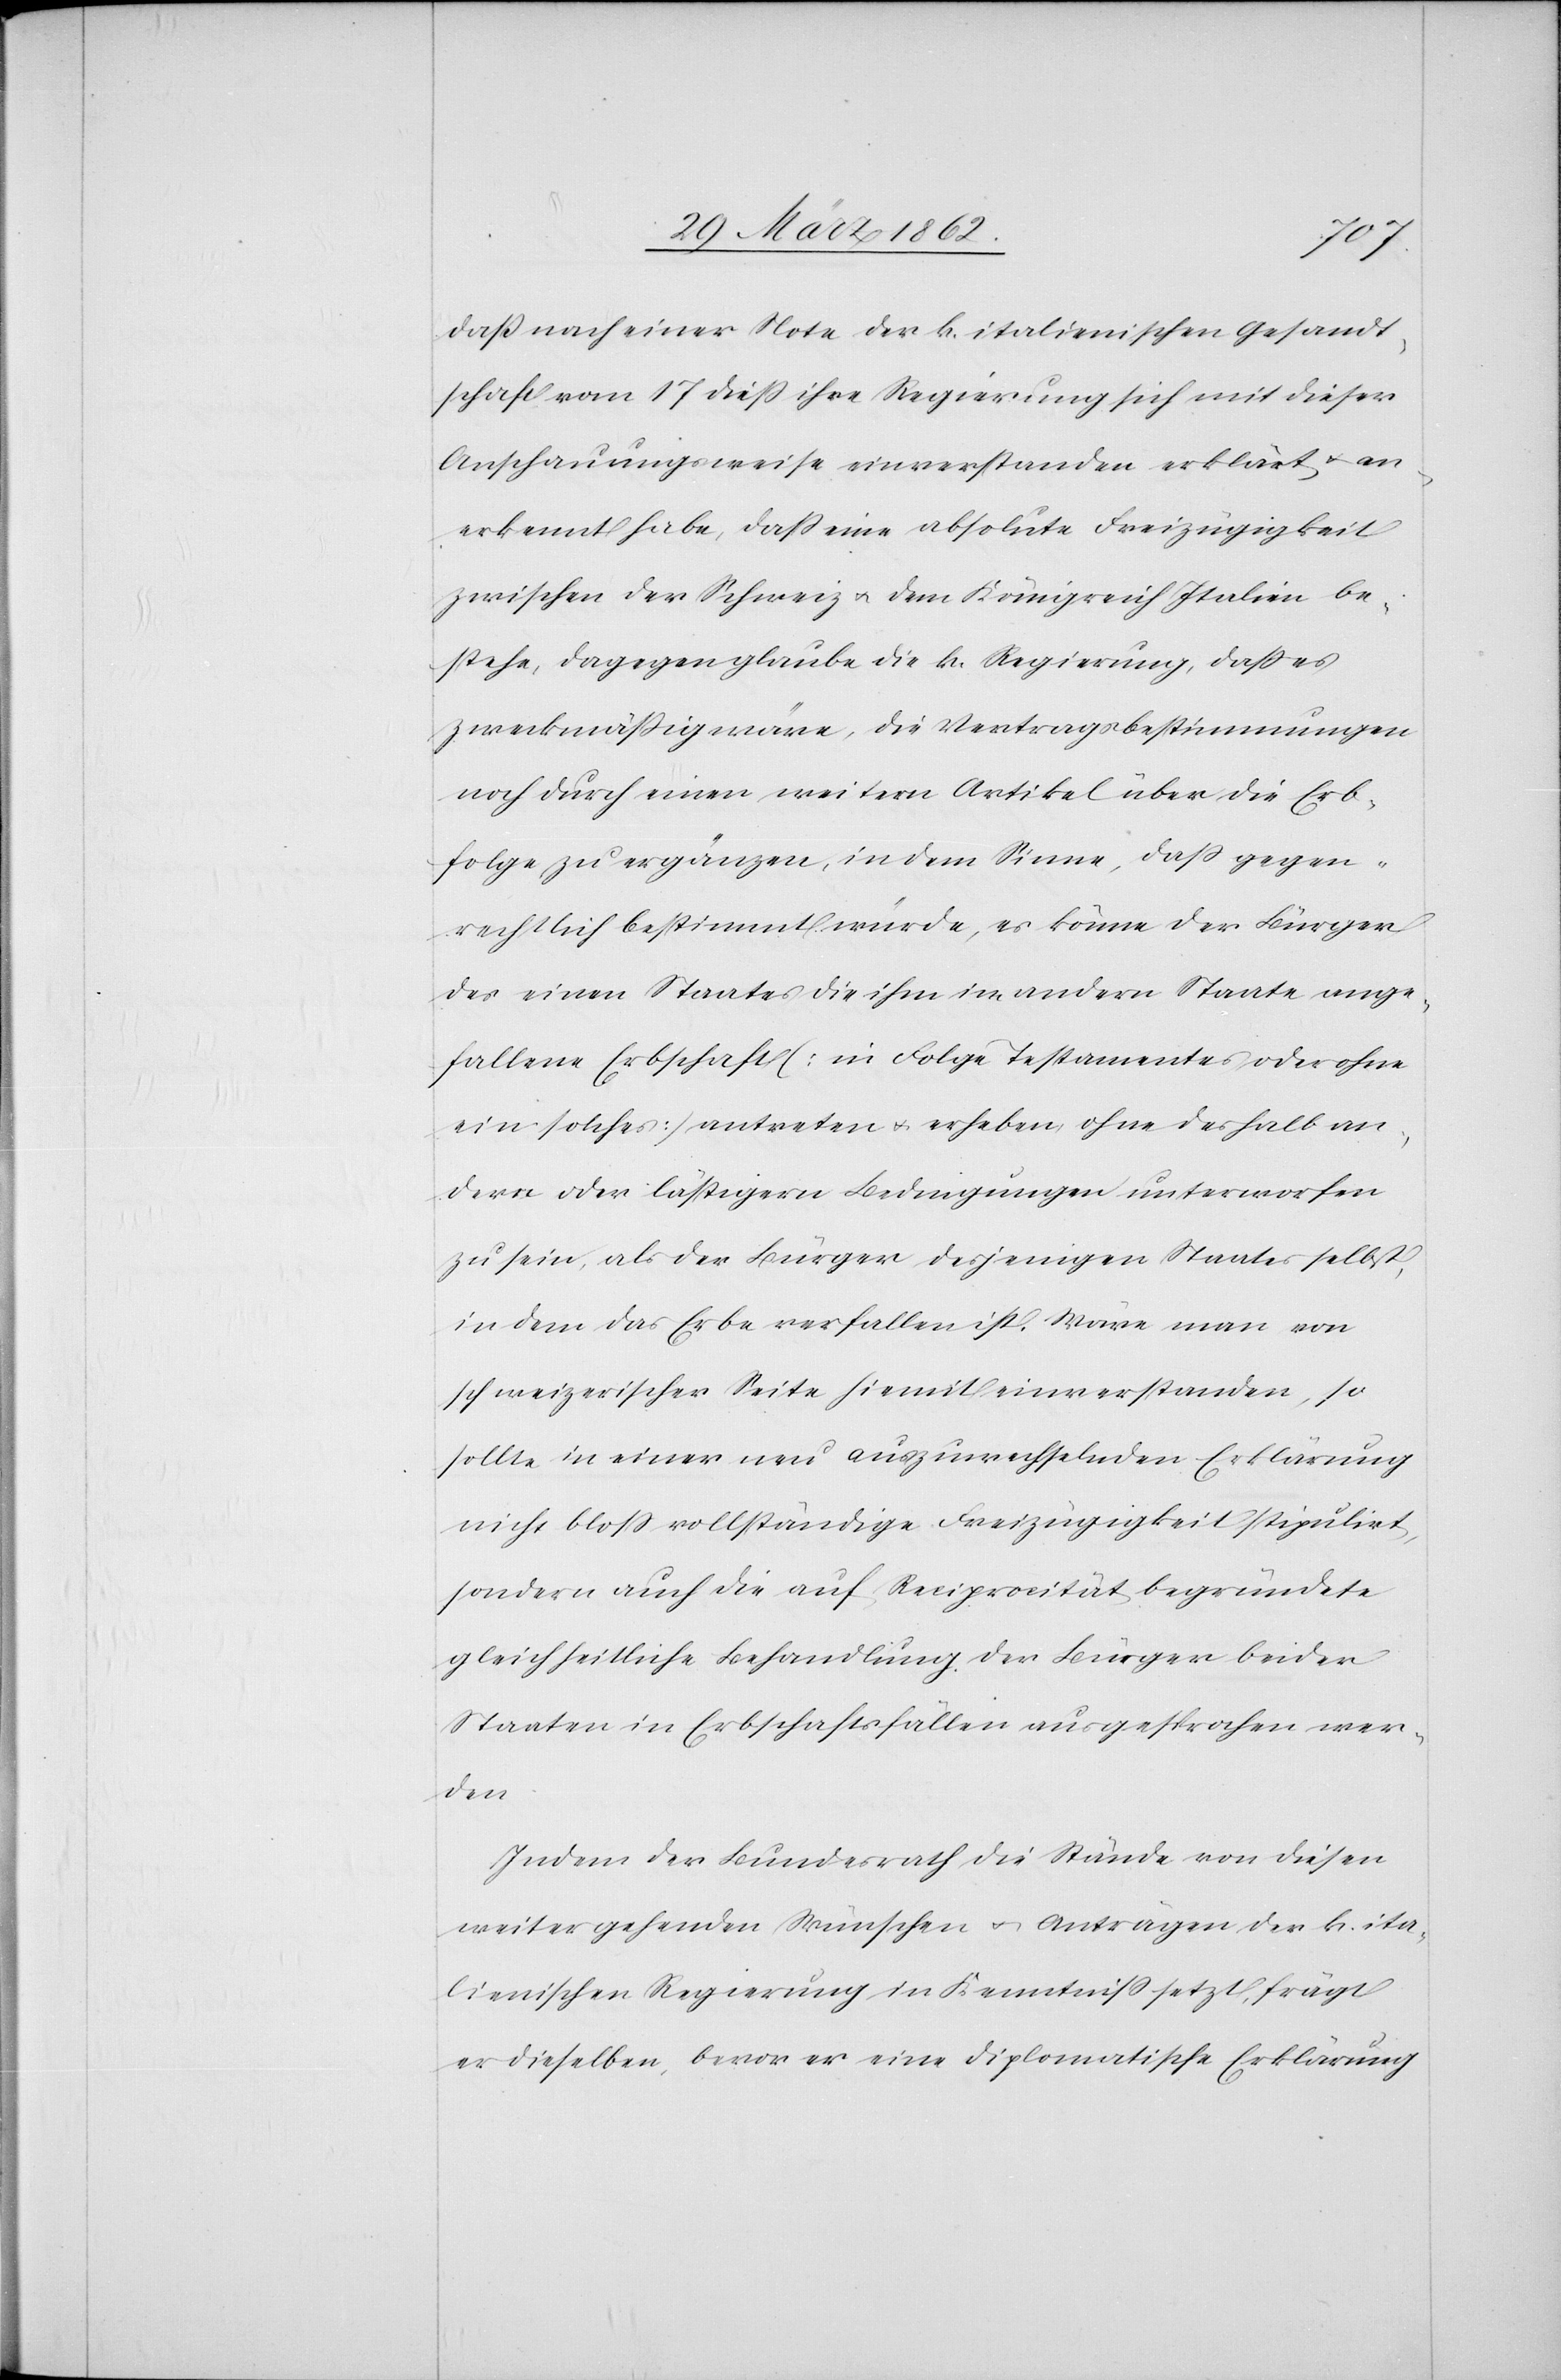
daß nach einer Note der k. italienischen Gesandt¬
schaft vom 17 dieß ihre Regierung sich mit dieser
Anschauungsweise einverstanden erklärt, u. an¬
erkennt habe, daß eine absolute Freizügigkeit
zwischen der Schweiz u. dem Königreich Italien be¬
stehe, dagegen glaube die k. Regierung, daß es
zweckmäßig wäre, die Vertragsbestimmungen
noch durch einen weitern Artikel über die Erb¬
folge zu ergänzen, in dem Sinne, daß gegen¬
rechtlich bestimmt würde, es könne der Bürger
des einen Staates die ihm im andern Staate ange¬
fallene Erbschaft (in Folge Testamentes oder ohne
ein solches) antreten u. erheben, ohne deshalb an¬
dern oder lästigern Bedingungen unterworfen
zu sein, als der Bürger desjenigen Staates selbst,
indem das Erbe verfallen ist. Wäre man von
schweizerischer Seite hiemit einverstanden, so
sollte in einer neu auszuwechselnden Erklärung
nicht bloß vollständige Freizügigkeit stipulirt,
sondern auch die auf Reciprocität begründete
gleichheitliche Behandlung der Bürger beider
Staaten in Erbschaftsfällen ausgesprochen wer¬
den.
Indem der Bundesrath die Stände von diesen
weitergehenden Wünschen u. Anträgen der k. ita¬
lienischen Regierung in Kenntniß setzt, frägt
er dieselben, bevor er eine diplomatische Erklärung